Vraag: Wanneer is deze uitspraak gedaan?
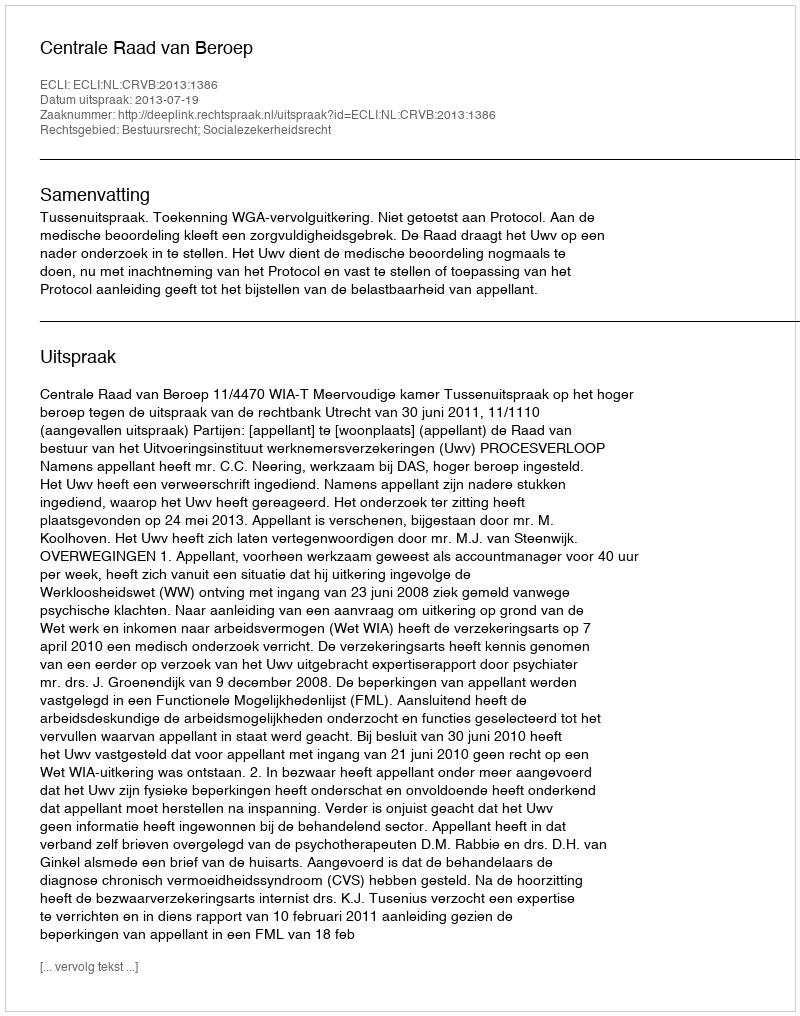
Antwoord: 2013-07-19